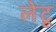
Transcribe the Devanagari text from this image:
लेटू